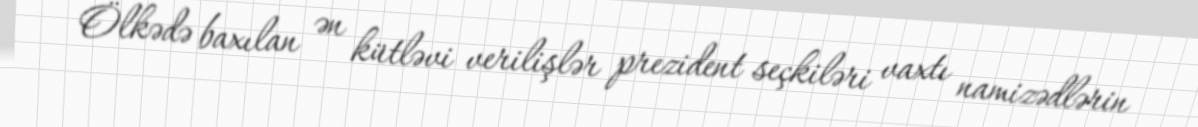
Ölkədə baxılan ən kütləvi verilişlər prezident seçkiləri vaxtı namizədlərin